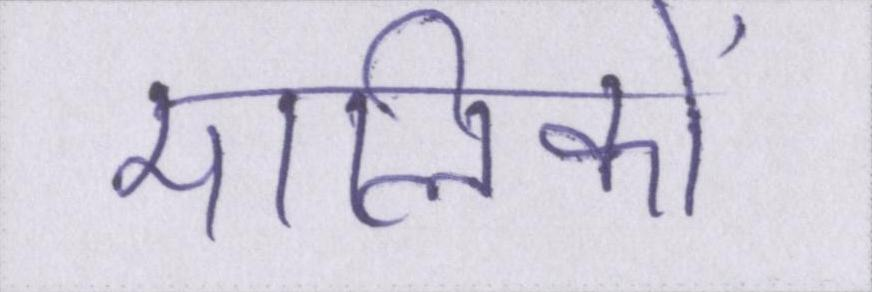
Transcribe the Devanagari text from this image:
मालिकों